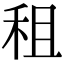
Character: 租